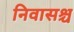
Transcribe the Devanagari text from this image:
निवासश्च